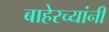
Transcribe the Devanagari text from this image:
बाहेरच्यांनी